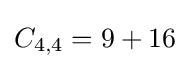
C_{4,4}=9+16